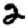
Digit: 2